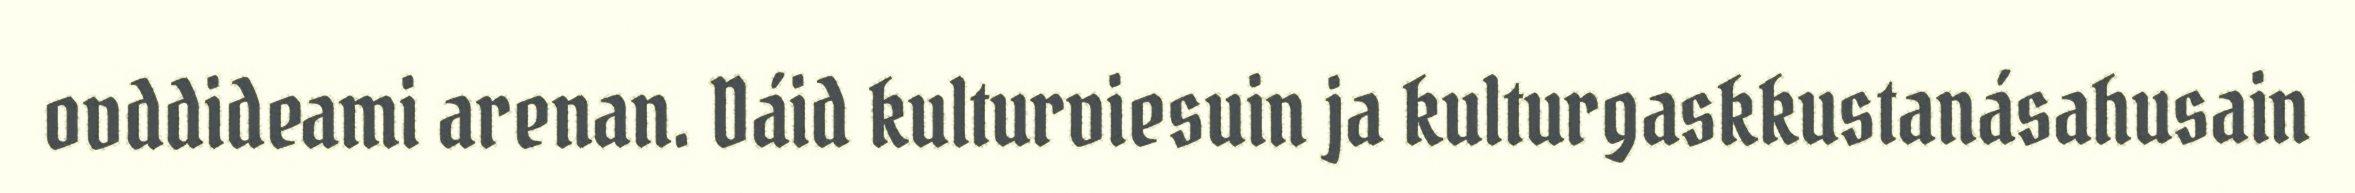
ovddideami arenan. Dáid kulturviesuin ja kulturgaskkustanásahusain